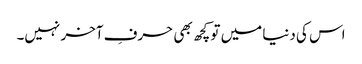
اس کی دنیا میں تو کچھ بھی حرفِ آخر نہیں۔